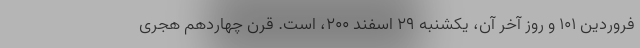
فروردین ۱۰۱ و روز آخر آن، یکشنبه ۲۹ اسفند ۲۰۰، است. قرن چهاردهم هجری